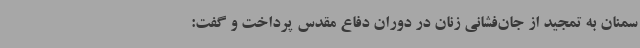
سمنان به تمجید از جان‌فشانی زنان در دوران دفاع مقدس پرداخت و گفت: